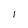
Character: I